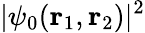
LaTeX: |\psi_{0}(\textbf{r}_{1},\textbf{r}_{2})|^{2}